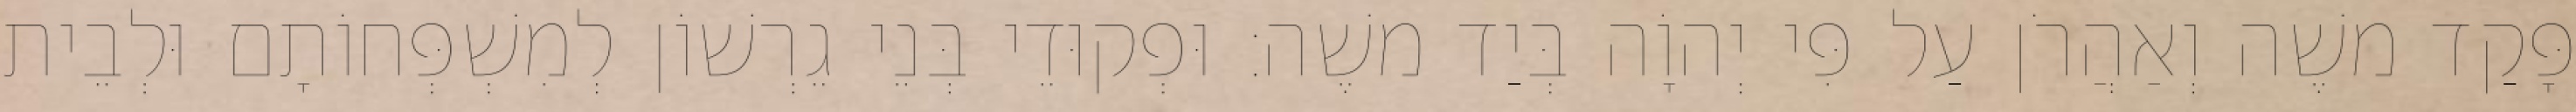
פָּקַד משֶׁה וְאַהֲרֹן עַל פִּי יְהוָֹה בְּיַד משֶׁה׃ וּפְקוּדֵי בְּנֵי גֵרְשׁוֹן לְמִשְׁפְּחוֹתָם וּלְבֵית